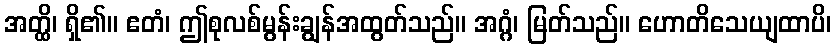
အတ္ထိ၊ ရှိ၏။ ဧတံ၊ ဤစုလစ်မွန်းချွန်အထွတ်သည်။ အဂ္ဂံ၊ မြတ်သည်။ ဟောတိသေယျထာပိ၊